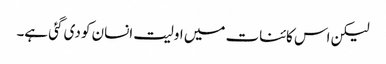
لیکن اس کائنات میں اولیت انسان کو دی گئی ہے۔